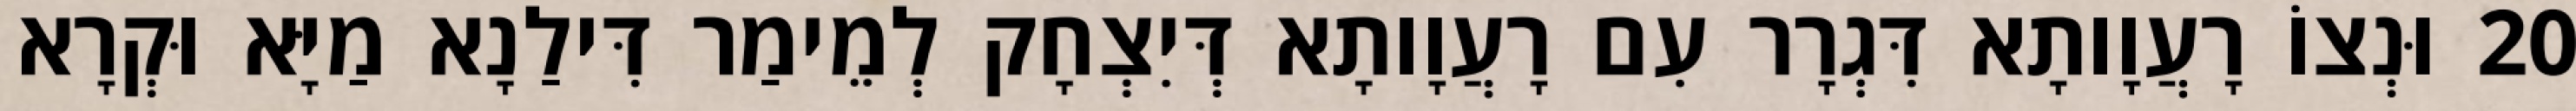
20 וּנְצוֹ רָעֲוָותָא דִּגְרָר עִם רָעֲוָותָא דְּיִצְחָק לְמֵימַר דִּילַנָא מַיָּא וּקְרָא